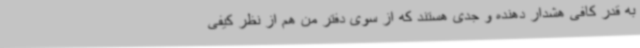
به قدر کافی هشدار دهنده و جدی هستند که از سوی دفتر من هم از نظر کیفی